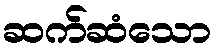
ဆက်ဆံသော